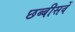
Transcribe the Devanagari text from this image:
छब्बीसवें